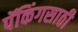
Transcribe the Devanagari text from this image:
पॅकिंगसाठी